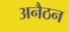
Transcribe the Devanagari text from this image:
अनैठन